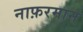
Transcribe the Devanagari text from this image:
नाफ़रमान